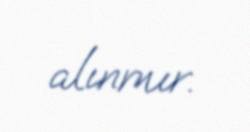
alınmır.